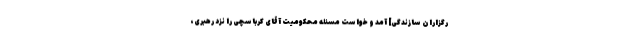
رگزاران سازندگی] آمد و خواست مسئله محكومیت آقاى كرباسچى را نزد رهبرى،